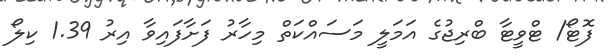
ފޮޓޯ/ ޓްވީޓާ ބްރިޖުގެ އަމަލީ މަސައްކަތް މިހާރު ފަށާފައިވާ އިރު 1.39 ކިލޯ